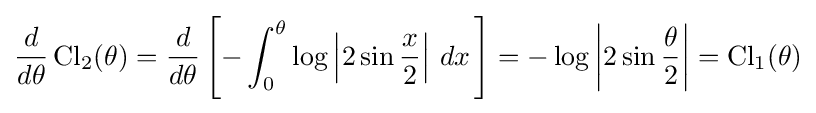
{\frac {d}{d\theta }}\operatorname {Cl} _{2}(\theta )={\frac {d}{d\theta }}\left[-\int _{0}^{\theta }\log \left|2\sin {\frac {x}{2}}\right|\,dx\,\right]=-\log \left|2\sin {\frac {\theta }{2}}\right|=\operatorname {Cl} _{1}(\theta )